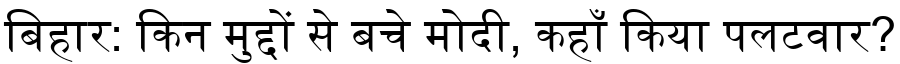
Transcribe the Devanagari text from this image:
बिहार: किन मुद्दों से बचे मोदी, कहाँ किया पलटवार?